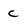
Character: c